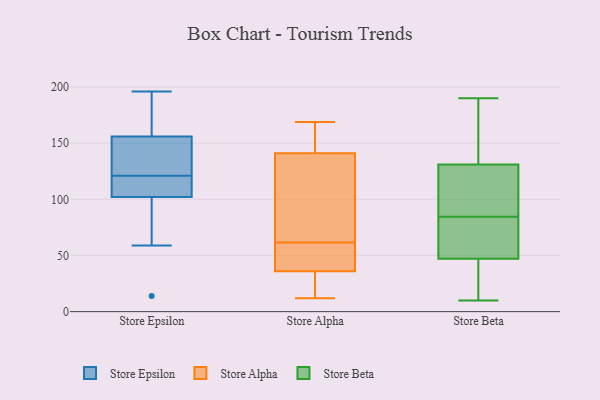
{"axis": {"x": "Temperature (°C)", "y": "Value"}, "legend": ["Store Alpha", "Store Beta", "Store Epsilon"], "data": [{"x": "", "y": 177, "type": "Store Epsilon"}, {"x": "", "y": 140, "type": "Store Epsilon"}, {"x": "", "y": 196, "type": "Store Epsilon"}, {"x": "", "y": 145, "type": "Store Epsilon"}, {"x": "", "y": 112, "type": "Store Epsilon"}, {"x": "", "y": 172, "type": "Store Epsilon"}, {"x": "", "y": 123, "type": "Store Epsilon"}, {"x": "", "y": 14, "type": "Store Epsilon"}, {"x": "", "y": 146, "type": "Store Epsilon"}, {"x": "", "y": 119, "type": "Store Epsilon"}, {"x": "", "y": 166, "type": "Store Epsilon"}, {"x": "", "y": 112, "type": "Store Epsilon"}, {"x": "", "y": 96, "type": "Store Epsilon"}, {"x": "", "y": 93, "type": "Store Epsilon"}, {"x": "", "y": 59, "type": "Store Epsilon"}, {"x": "", "y": 108, "type": "Store Epsilon"}, {"x": "", "y": 154, "type": "Store Alpha"}, {"x": "", "y": 37, "type": "Store Alpha"}, {"x": "", "y": 74, "type": "Store Alpha"}, {"x": "", "y": 70, "type": "Store Alpha"}, {"x": "", "y": 53, "type": "Store Alpha"}, {"x": "", "y": 141, "type": "Store Alpha"}, {"x": "", "y": 33, "type": "Store Alpha"}, {"x": "", "y": 12, "type": "Store Alpha"}, {"x": "", "y": 36, "type": "Store Alpha"}, {"x": "", "y": 169, "type": "Store Alpha"}, {"x": "", "y": 85, "type": "Store Beta"}, {"x": "", "y": 64, "type": "Store Beta"}, {"x": "", "y": 155, "type": "Store Beta"}, {"x": "", "y": 93, "type": "Store Beta"}, {"x": "", "y": 34, "type": "Store Beta"}, {"x": "", "y": 60, "type": "Store Beta"}, {"x": "", "y": 84, "type": "Store Beta"}, {"x": "", "y": 10, "type": "Store Beta"}, {"x": "", "y": 76, "type": "Store Beta"}, {"x": "", "y": 92, "type": "Store Beta"}, {"x": "", "y": 10, "type": "Store Beta"}, {"x": "", "y": 186, "type": "Store Beta"}, {"x": "", "y": 107, "type": "Store Beta"}, {"x": "", "y": 190, "type": "Store Beta"}, {"x": "", "y": 184, "type": "Store Beta"}, {"x": "", "y": 34, "type": "Store Beta"}]}